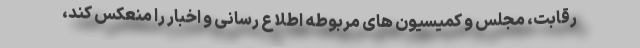
رقابت، مجلس و کمیسیون های مربوطه اطلاع رسانی و اخبار را منعکس کند،